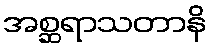
အစ္ဆရာသတာနိ